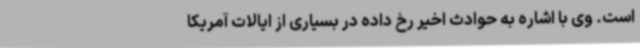
است. وی با اشاره به حوادث اخیر رخ داده در بسیاری از ایالات آمریکا